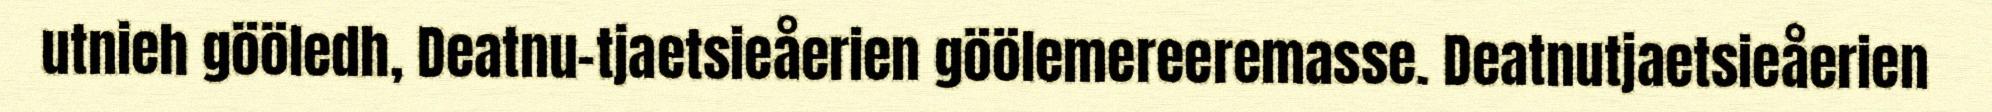
utnieh gööledh, Deatnu-tjaetsieåerien göölemereeremasse. Deatnutjaetsieåerien